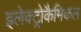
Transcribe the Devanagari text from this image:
इलेक्ट्रोकैमिकल